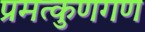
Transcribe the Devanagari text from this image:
प्रमत्कुणगण